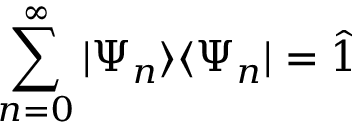
\sum _ { n = 0 } ^ { \infty } \ensuremath { \vert \Psi _ { n } \rangle } \ensuremath { \langle \Psi _ { n } \vert } = \hat { 1 }